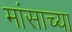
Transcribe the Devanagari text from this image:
मांसाच्या